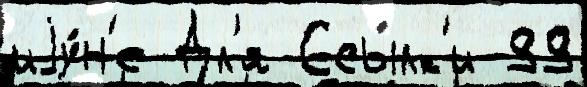
иjу́н'е Дл'я Ссы́лк'и 99